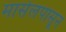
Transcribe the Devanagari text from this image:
मार्सेलपासून